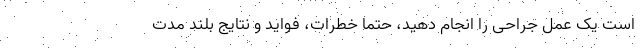
است یک عمل جراحی را انجام دهید، حتما خطرات، فواید و نتایج بلند مدت